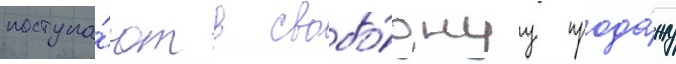
поступа́ют в свобо́днуу прода́жу